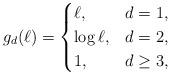
LaTeX: \begin{align*}g_d (\ell) = \begin{cases}\ell, &d=1,\\\log \ell, &d=2,\\1, &d \geq 3,\end{cases}\end{align*}